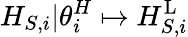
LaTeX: H_{S,i}|\theta_{i}^{H}\mapsto H_{S,i}^{\mathrm{L}}